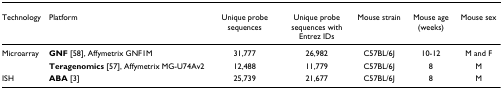
<table><thead><tr><td><b>Technology</b></td><td><b>Platform</b></td><td><b>Unique probe sequences</b></td><td><b>Unique probe sequences with Entrez IDs</b></td><td><b>Mouse strain</b></td><td><b>Mouse age (weeks)</b></td><td><b>Mouse sex</b></td></tr></thead><tbody><tr><td>Microarray</td><td><b>GNF </b>[58], Affymetrix GNF1M</td><td>31,777</td><td>26,982</td><td>C57BL/6J</td><td>10-12</td><td>M and F</td></tr><tr><td>[EMPTY_CELL]</td><td><b>Teragenomics </b>[57], Affymetrix MG-U74Av2</td><td>12,488</td><td>11,779</td><td>C57BL/6J</td><td>8</td><td>M</td></tr><tr><td>ISH</td><td><b>ABA </b>[3]</td><td>25,739</td><td>21,677</td><td>C57BL/6J</td><td>8</td><td>M</td></tr></tbody></table>